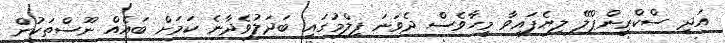
އަދި ސްކްރީންޕްލޭ ލިޔެފައިވާ މީހާވެސް ދެވަނަ ފިލްމުގައި ބަދަލުވެދާނެ ކަމަށް ބައެއް ނޫސްތަކުން